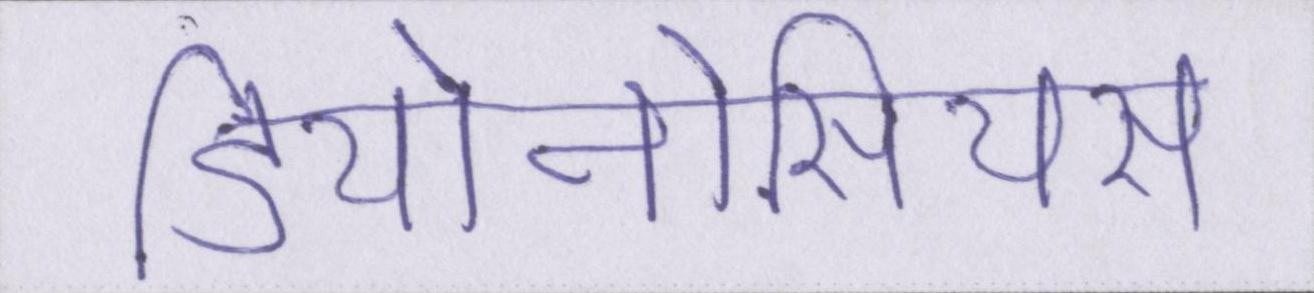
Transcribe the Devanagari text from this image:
डियोनोसियस